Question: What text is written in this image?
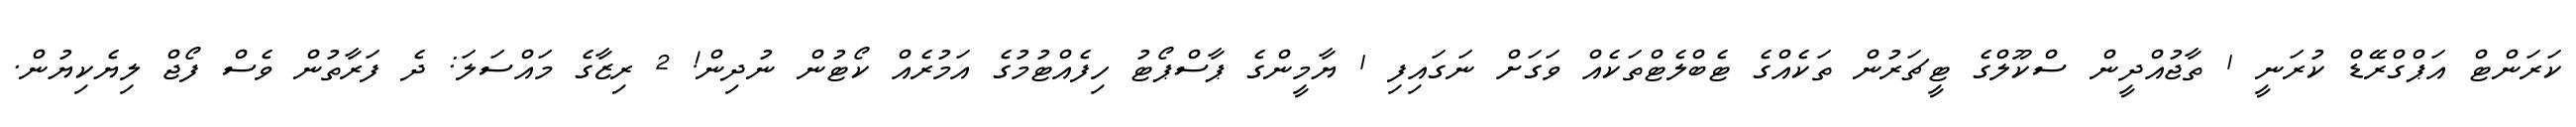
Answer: ކަރަންޓް އަޕްގްރޭޑް ކުރަނީ 1 ތާޖުއްދީން ސްކޫލްގެ ޓީޗަރުން ތަކެއްގެ ޓެބްލެޓްތަކެއް ވަގަށް ނަގައިފި 1 ޔާމީންގެ ޕާސްޕޯޓު ހިފެއްޓުމުގެ އަމުރެއް ކޯޓުން ނުދިން! 2 ރިޒާގެ މައްސަލަ: ދެ ފަރާތުން ވެސް ފޯޖް ލިޔެކިޔުން.